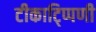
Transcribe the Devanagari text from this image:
टीकाटि्प्पणी